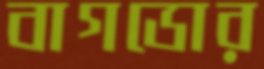
বাগডোর